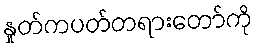
နှုတ်ကပတ်တရားတော်ကို